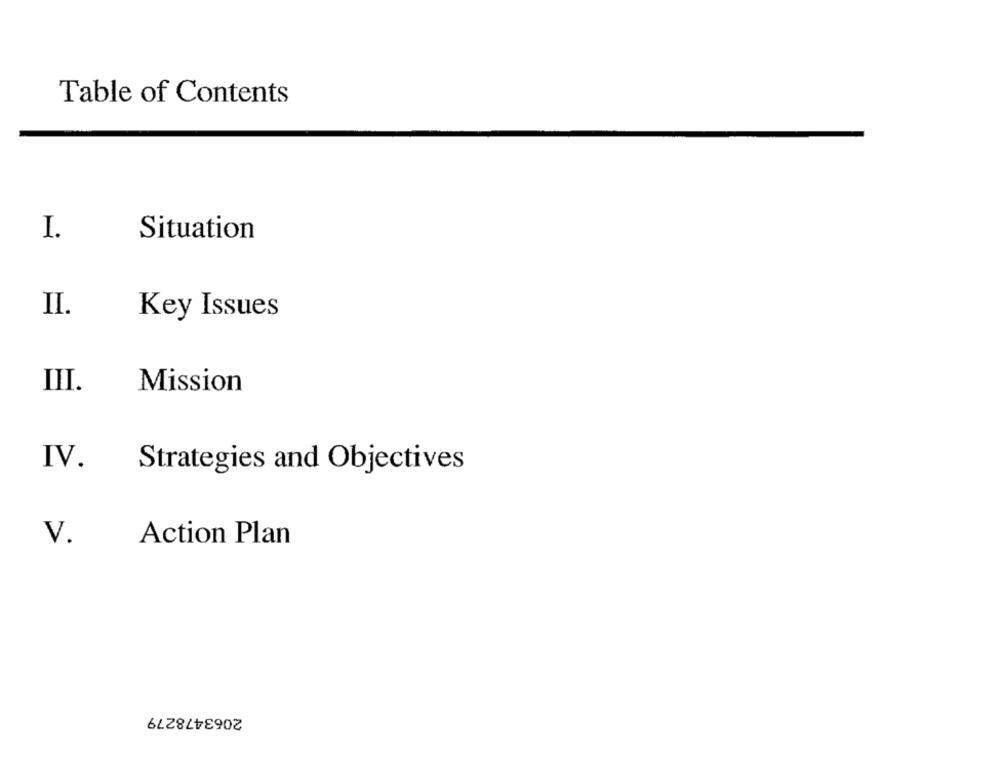
Table of Contents
I.
Situation
II.
Key Issues
III.
Mission
IV.
Strategies and Objectives
V.
Action Plan
2063478279